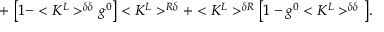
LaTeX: + \, \, \big [ 1 - < K ^ { L } > ^ { \delta \delta } g ^ { 0 } \big ] < K ^ { L } > ^ { R \delta } + < K ^ { L } > ^ { \delta R } \big [ 1 - g ^ { 0 } < K ^ { L } > ^ { \delta \delta } \big ] .